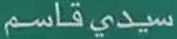
سيدي-قاسم